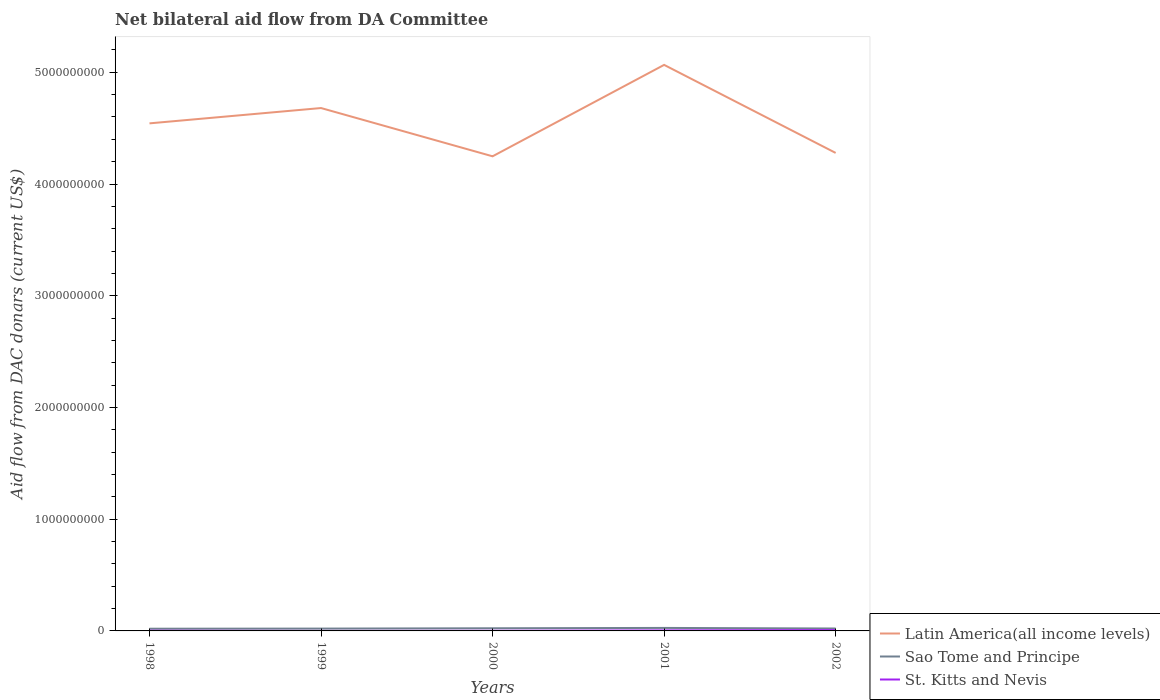
| Years | Latin America(all income levels) | Sao Tome and Principe | St. Kitts and Nevis |
 | --- | --- | --- | --- |
 | 1998 | 4.54e+09 | 1.98e+07 | 1.95e+06 |
 | 1999 | 4.68e+09 | 2.09e+07 | 1.7e+05 |
 | 2000 | 4.25e+09 | 2.37e+07 | 1.39e+06 |
 | 2001 | 5.07e+09 | 2.69e+07 | 4.81e+06 |
 | 2002 | 4.28e+09 | 2.16e+07 | 7.33e+06 |